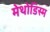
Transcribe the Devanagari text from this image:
मेथोडिस्म